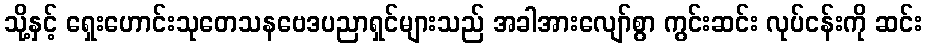
သို့နှင့် ရှေးဟောင်းသုတေသနဗေဒပညာရှင်များသည် အခါအားလျော်စွာ ကွင်းဆင်း လုပ်ငန်းကို ဆင်း